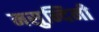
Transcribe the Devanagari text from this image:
मसुन्दिनी